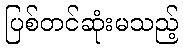
ပြစ်တင်ဆုံးမသည့်